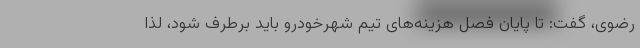
رضوی، گفت: تا پایان فصل هزینه‌های تیم شهرخودرو باید برطرف شود، لذا